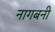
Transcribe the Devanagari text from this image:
नागबनी